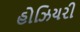
હોઝિયરી